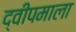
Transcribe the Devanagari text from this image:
द्वीपमाला